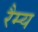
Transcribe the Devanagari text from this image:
रैम्य